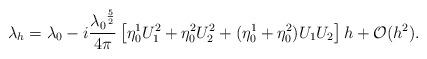
LaTeX: \begin{align*}\lambda_h=\lambda_0-i\frac{{\lambda_0}^\frac{5}{2}}{4\pi}\left[{\eta_0^1U_1^2+\eta_0^2U_2^2+(\eta_0^1+\eta_0^2)U_1U_2}\right]h+\mathcal{O}(h^2).\end{align*}